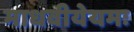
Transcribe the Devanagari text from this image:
माधवीयेयमः